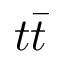
t \bar { t }